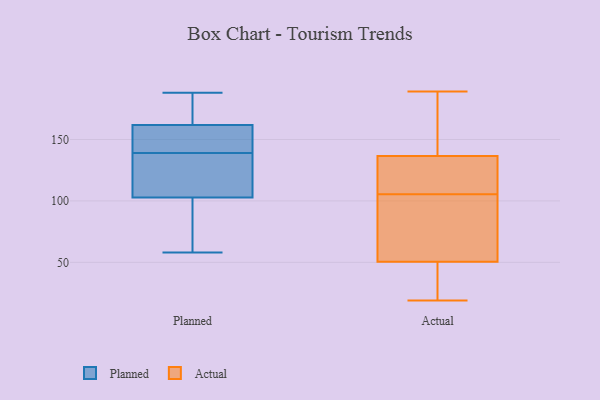
{"axis": {"x": "LTV (USD)", "y": "Value"}, "legend": ["Actual", "Planned"], "data": [{"x": "", "y": 126, "type": "Planned"}, {"x": "", "y": 144, "type": "Planned"}, {"x": "", "y": 167, "type": "Planned"}, {"x": "", "y": 146, "type": "Planned"}, {"x": "", "y": 101, "type": "Planned"}, {"x": "", "y": 58, "type": "Planned"}, {"x": "", "y": 188, "type": "Planned"}, {"x": "", "y": 188, "type": "Planned"}, {"x": "", "y": 139, "type": "Planned"}, {"x": "", "y": 108, "type": "Planned"}, {"x": "", "y": 70, "type": "Planned"}, {"x": "", "y": 185, "type": "Actual"}, {"x": "", "y": 162, "type": "Actual"}, {"x": "", "y": 82, "type": "Actual"}, {"x": "", "y": 19, "type": "Actual"}, {"x": "", "y": 118, "type": "Actual"}, {"x": "", "y": 47, "type": "Actual"}, {"x": "", "y": 118, "type": "Actual"}, {"x": "", "y": 51, "type": "Actual"}, {"x": "", "y": 29, "type": "Actual"}, {"x": "", "y": 36, "type": "Actual"}, {"x": "", "y": 101, "type": "Actual"}, {"x": "", "y": 189, "type": "Actual"}, {"x": "", "y": 117, "type": "Actual"}, {"x": "", "y": 153, "type": "Actual"}, {"x": "", "y": 110, "type": "Actual"}, {"x": "", "y": 122, "type": "Actual"}, {"x": "", "y": 59, "type": "Actual"}, {"x": "", "y": 50, "type": "Actual"}, {"x": "", "y": 98, "type": "Actual"}, {"x": "", "y": 151, "type": "Actual"}]}